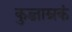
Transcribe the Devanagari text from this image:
कुब्जाम्रकं